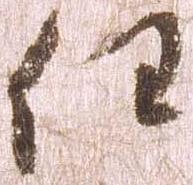
任